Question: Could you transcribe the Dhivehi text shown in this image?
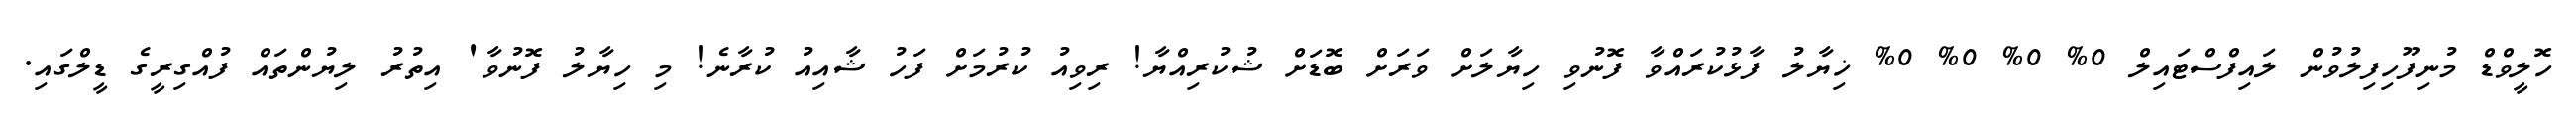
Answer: ހޮލީވްޑް މުނިފޫހިފިލުވުން ލައިފްސްޓައިލް 0% 0% 0% 0% ޚިޔާލު ފާޅުކުރައްވާ ފޮނުވި ހިޔާލަށް ވަރަށް ބޮޑަށް ޝުކުރިއްޔާ! ރިވިއު ކުރުމަށް ފަހު ޝާއިއު ކުރާނެ! މި ހިޔާލު ފޮނުވާ' އިތުރު ލިޔުންތައް ފުއްގިރީގެ ޑީލްގައި.